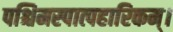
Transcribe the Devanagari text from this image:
पश्चिमस्पात्पहारिकम्।